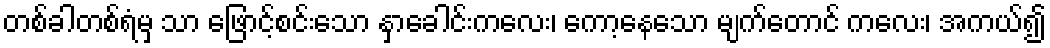
တစ်ခါတစ်ရံမှ သာ ဖြောင့်စင်းသော နှာခေါင်းကလေး၊ ကော့နေသော မျက်တောင် ကလေး၊ အကယ်၍